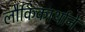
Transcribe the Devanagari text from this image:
लौकिकार्थाने